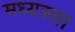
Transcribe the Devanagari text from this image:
मध्‍यस्ता